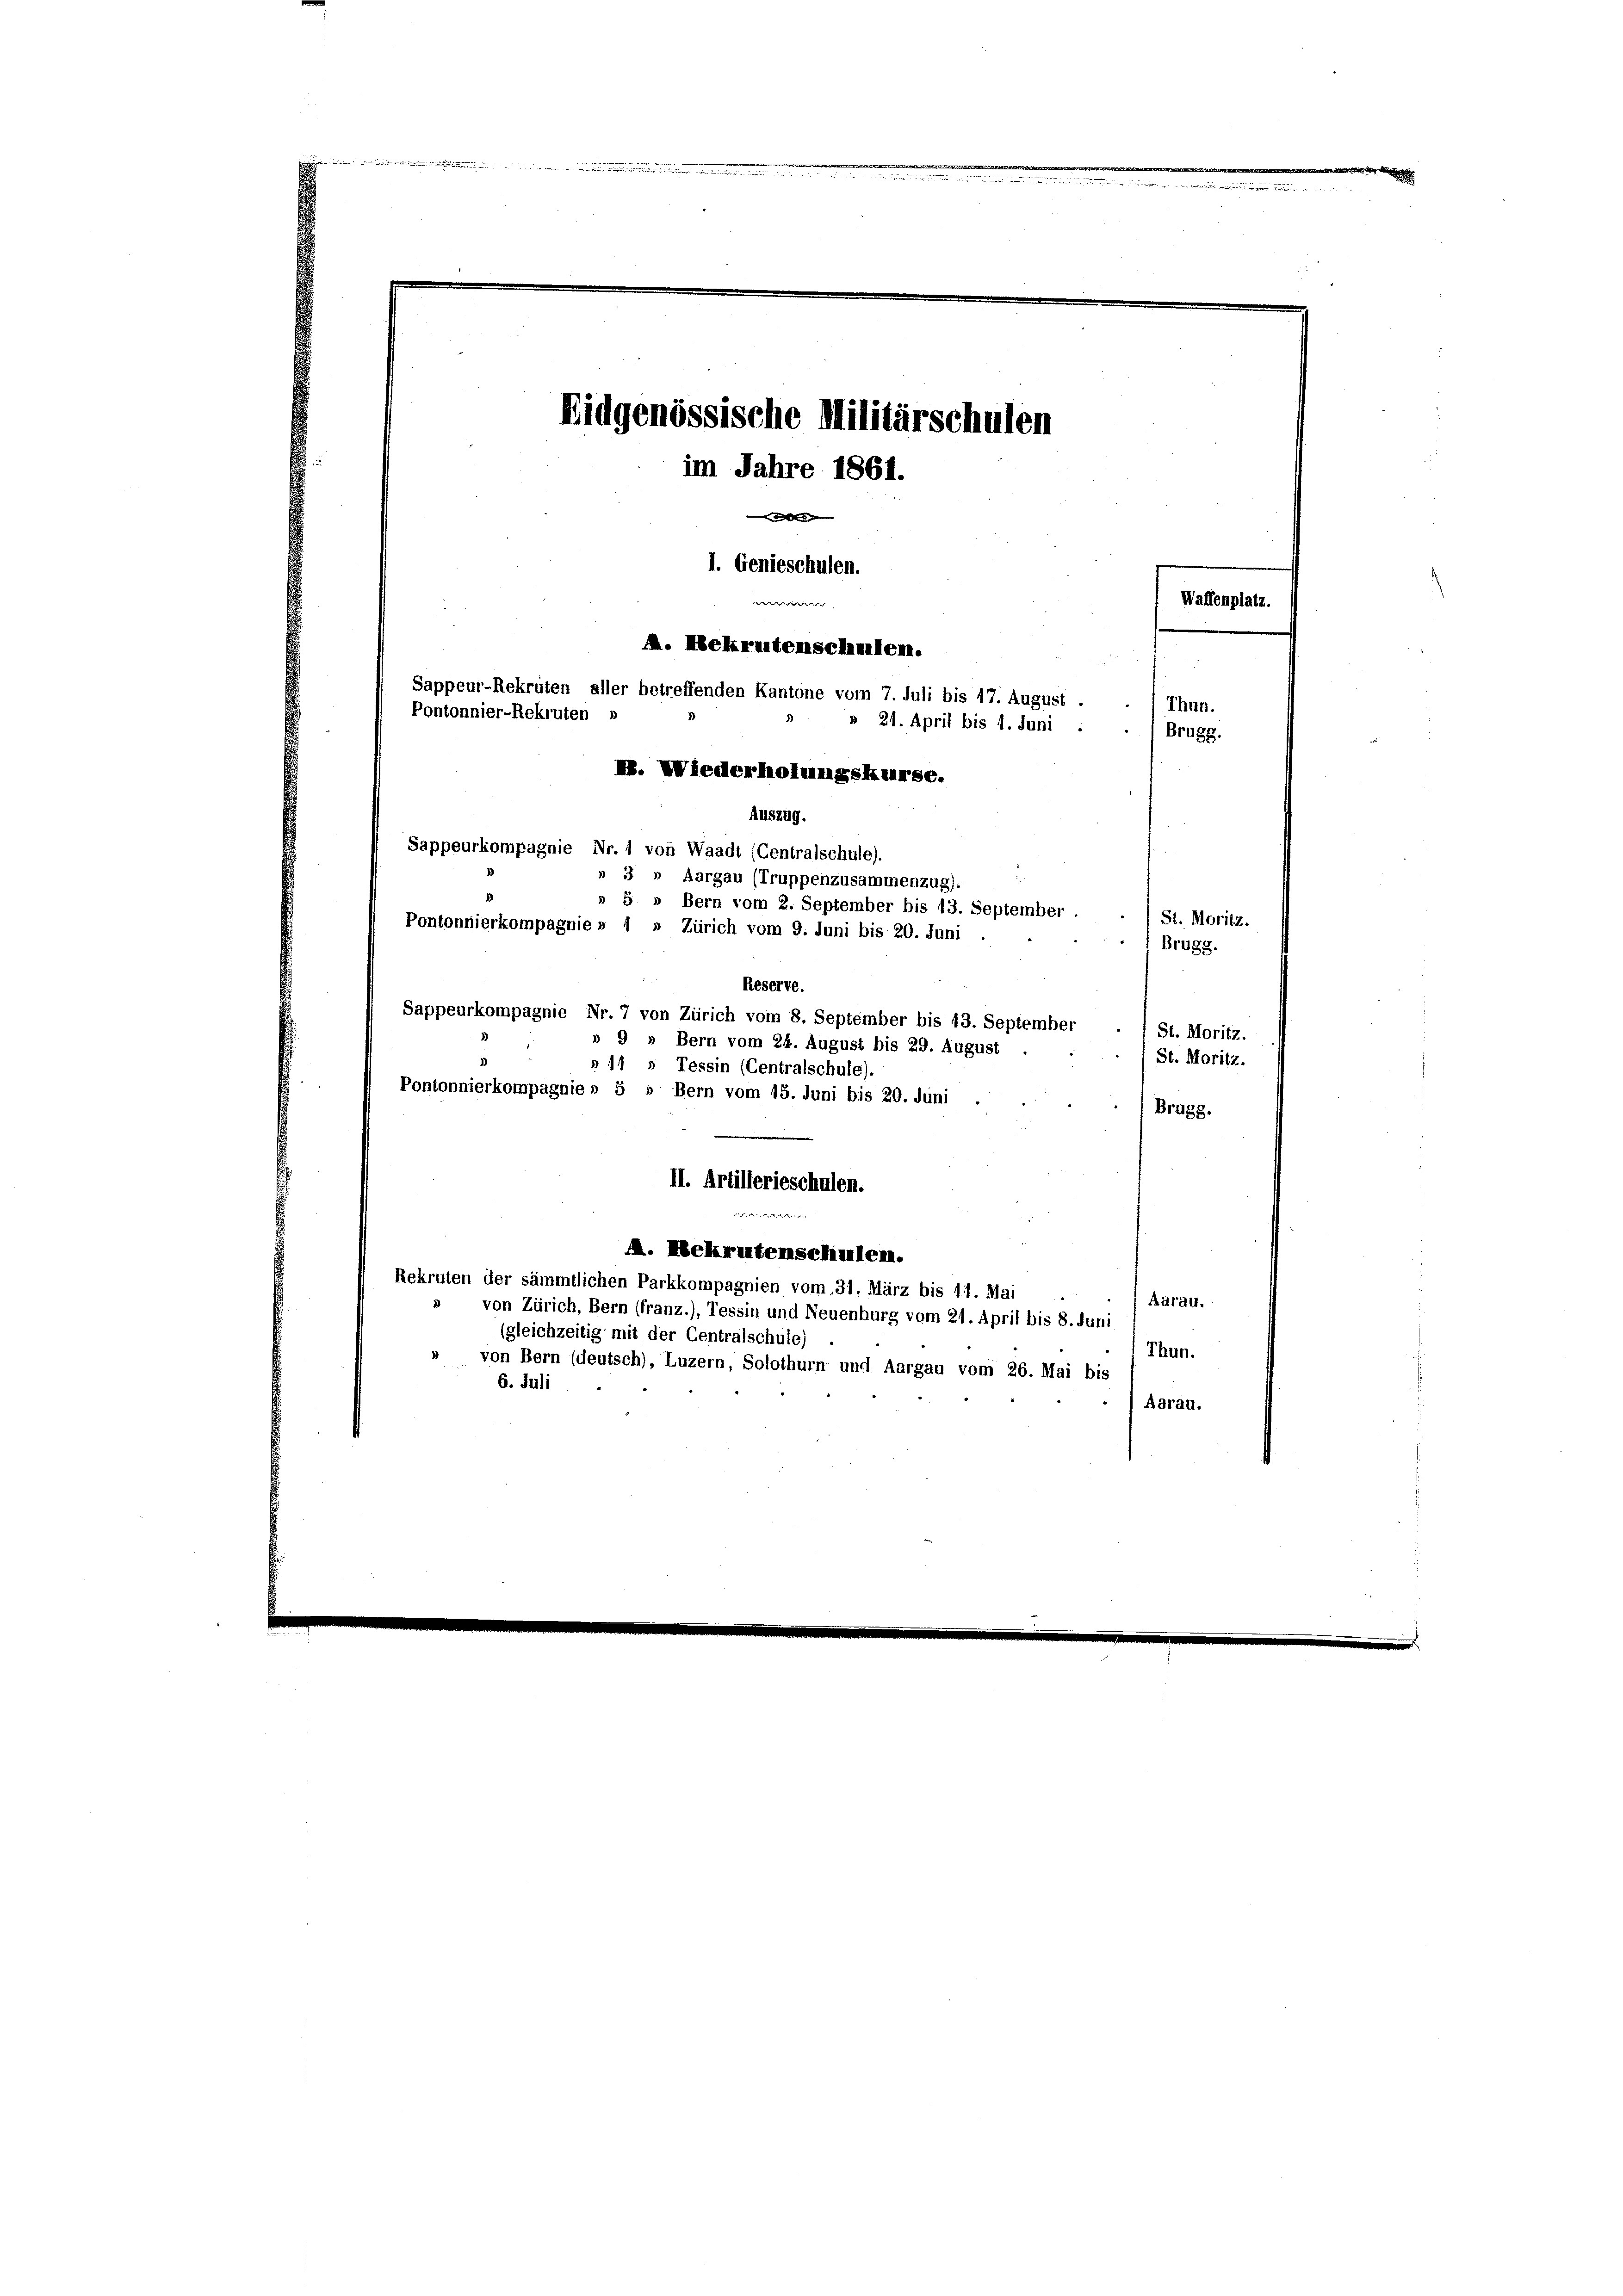
.
.

Waffenplatz.
ewe
Thun.
» 24. April bis 1. Juni
Brugg.
» 3 » Aargau (Truppenzusammenzug).
» 5 » Bern vom 2. September bis 13. September
St. Moritz.
Pontonnierkompagnie » 1 » Zürich vom 9. Juni bis 20. Juni.
Brugg.
Reserve.
Sappeurkompagnie Nr. 7 von Zürich vom 8. September bis 13. September
St. Moritz.
» 9 » Bern vom 24. August bis 29. August
St. Moritz.
§ 14 » Tessin (Centralschule)
Pontonnierkompagnie » 5 » Bern vom 15. Juni bis 20. Juni
Brugg.
II. Artillerieschulen.
e
A. Nekrutenschulen.
Rekruten der sämmtlichen Parkkompagnien vom 31. März bis 11. Mai
Aarau.
von Zürich, Bern (franz.), Tessin und Neuenburg vom 21. April bis 8. Juni
(gleichzeitig mit der Centralschule)
Thun.
von Bern (deutsch), Luzern, Solothurn und Aargau vom 26. Mai bis
6. Juli
Aarau.

Eidgenössische Militärschulen
im Jahre 1861.

I. Genieschulen.

. Nekrutenschullen.
Sappeur-Rekruten aller betreffenden Kantone vom 7. Juli bis 17. August
Pontonnier-Rekruten »
B. Wiederholungskurse.
Auszug.
Sappeurkompagnie Nr. 1 von Waadt (Centralschule).